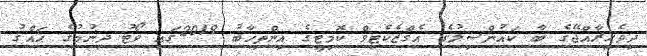
ދިވެހިރާއްޖޭގެ ބާ ކައުންސިލުގެ އެގްޒެކެޓިވް ކޮމިޓީގެ އިންތިޚާބު 2019ގައި ވޯޓު ދިނުމުގެ ޙައްޤު